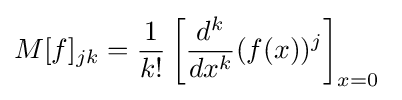
M[f]_{jk}={\frac {1}{k!}}\left[{\frac {d^{k}}{dx^{k}}}(f(x))^{j}\right]_{x=0}~